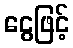
ငွေဖြင့်